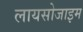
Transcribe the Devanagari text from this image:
लायसोजाइम